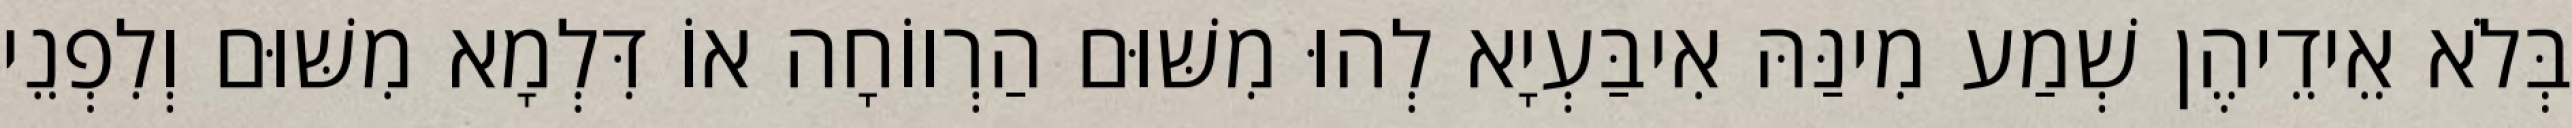
בְּלֹא אֵידֵיהֶן שְׁמַע מִינַּהּ אִיבַּעְיָא לְהוּ מִשּׁוּם הַרְווֹחָה אוֹ דִּלְמָא מִשּׁוּם וְלִפְנֵי